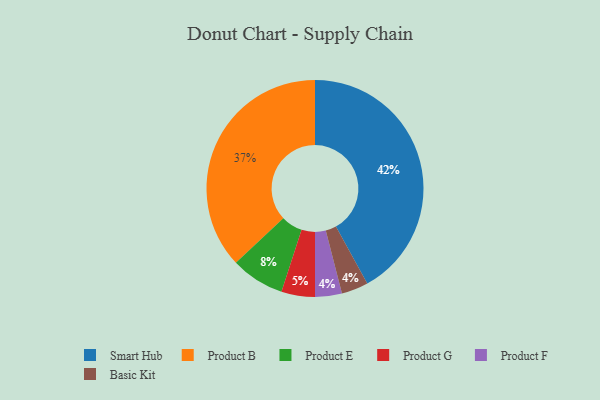
{"axis": {"x": "Category", "y": "Percentage"}, "legend": ["Basic Kit", "Product B", "Product E", "Product F", "Product G", "Smart Hub"], "data": [{"x": "Product F", "y": 4, "type": "Product F"}, {"x": "Product G", "y": 5, "type": "Product G"}, {"x": "Product E", "y": 8, "type": "Product E"}, {"x": "Basic Kit", "y": 4, "type": "Basic Kit"}, {"x": "Smart Hub", "y": 42, "type": "Smart Hub"}, {"x": "Product B", "y": 37, "type": "Product B"}]}